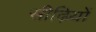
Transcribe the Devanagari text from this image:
सीढ़ियों